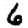
Digit: 6